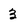
Character: 3